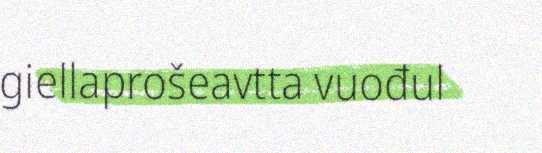
giellaprošeavtta vuođul